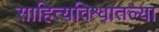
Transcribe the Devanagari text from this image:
साहित्यविश्वातल्या